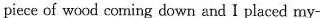
piece of wood coming dosn and I placed my-